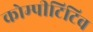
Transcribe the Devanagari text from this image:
कोम्पीटिटिव